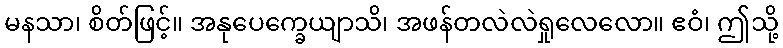
မနသာ၊ စိတ်ဖြင့်။ အနုပေက္ခေယျာသိ၊ အဖန်တလဲလဲရှုလေလော။ ဧဝံ၊ ဤသို့